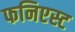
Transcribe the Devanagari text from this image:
फनिएस्ट